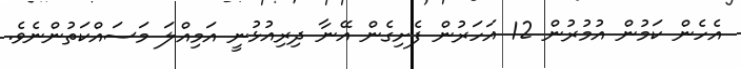
އެހެން ކަމުން އުމުރުން 12 އަހަރުން ފެށިގެން އޭނާ ދިރިއުޅުނީ އަމިއްލަ މަސައްކަތުންނެވެ.